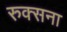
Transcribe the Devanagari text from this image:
रुक्सना